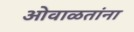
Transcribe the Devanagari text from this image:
ओवाळतांना